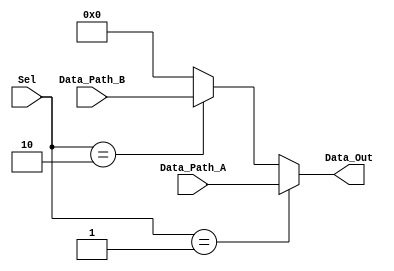

module CW_Mux21_OneHot (Data_Path_A, Data_Path_B, Sel, Data_Out);
     parameter n = 8 ;
   input[n-1:0] Data_Path_A; 
   input[n-1:0] Data_Path_B; 
   input [1:0] Sel; 
   output[n-1:0] Data_Out; 
   wire  [n-1:0] Data_Out;

   assign Data_Out = (Sel == 2'b01) ? Data_Path_A : 
                     (Sel == 2'b10) ? Data_Path_B : {n{1'b0}};
endmodule